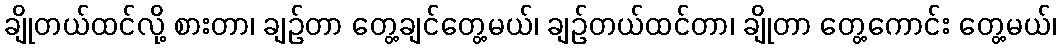
ချိုတယ်ထင်လို့ စားတာ၊ ချဉ်တာ တွေ့ချင်တွေ့မယ်၊ ချဉ်တယ်ထင်တာ၊ ချိုတာ တွေ့ကောင်း တွေ့မယ်၊